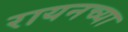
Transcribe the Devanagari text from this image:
रायनच्या